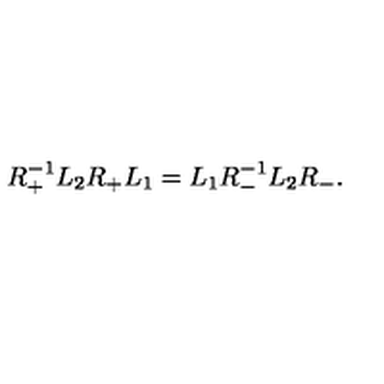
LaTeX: R _ { + } ^ { - 1 } L _ { 2 } R _ { + } L _ { 1 } = L _ { 1 } R _ { - } ^ { - 1 } L _ { 2 } R _ { - } .